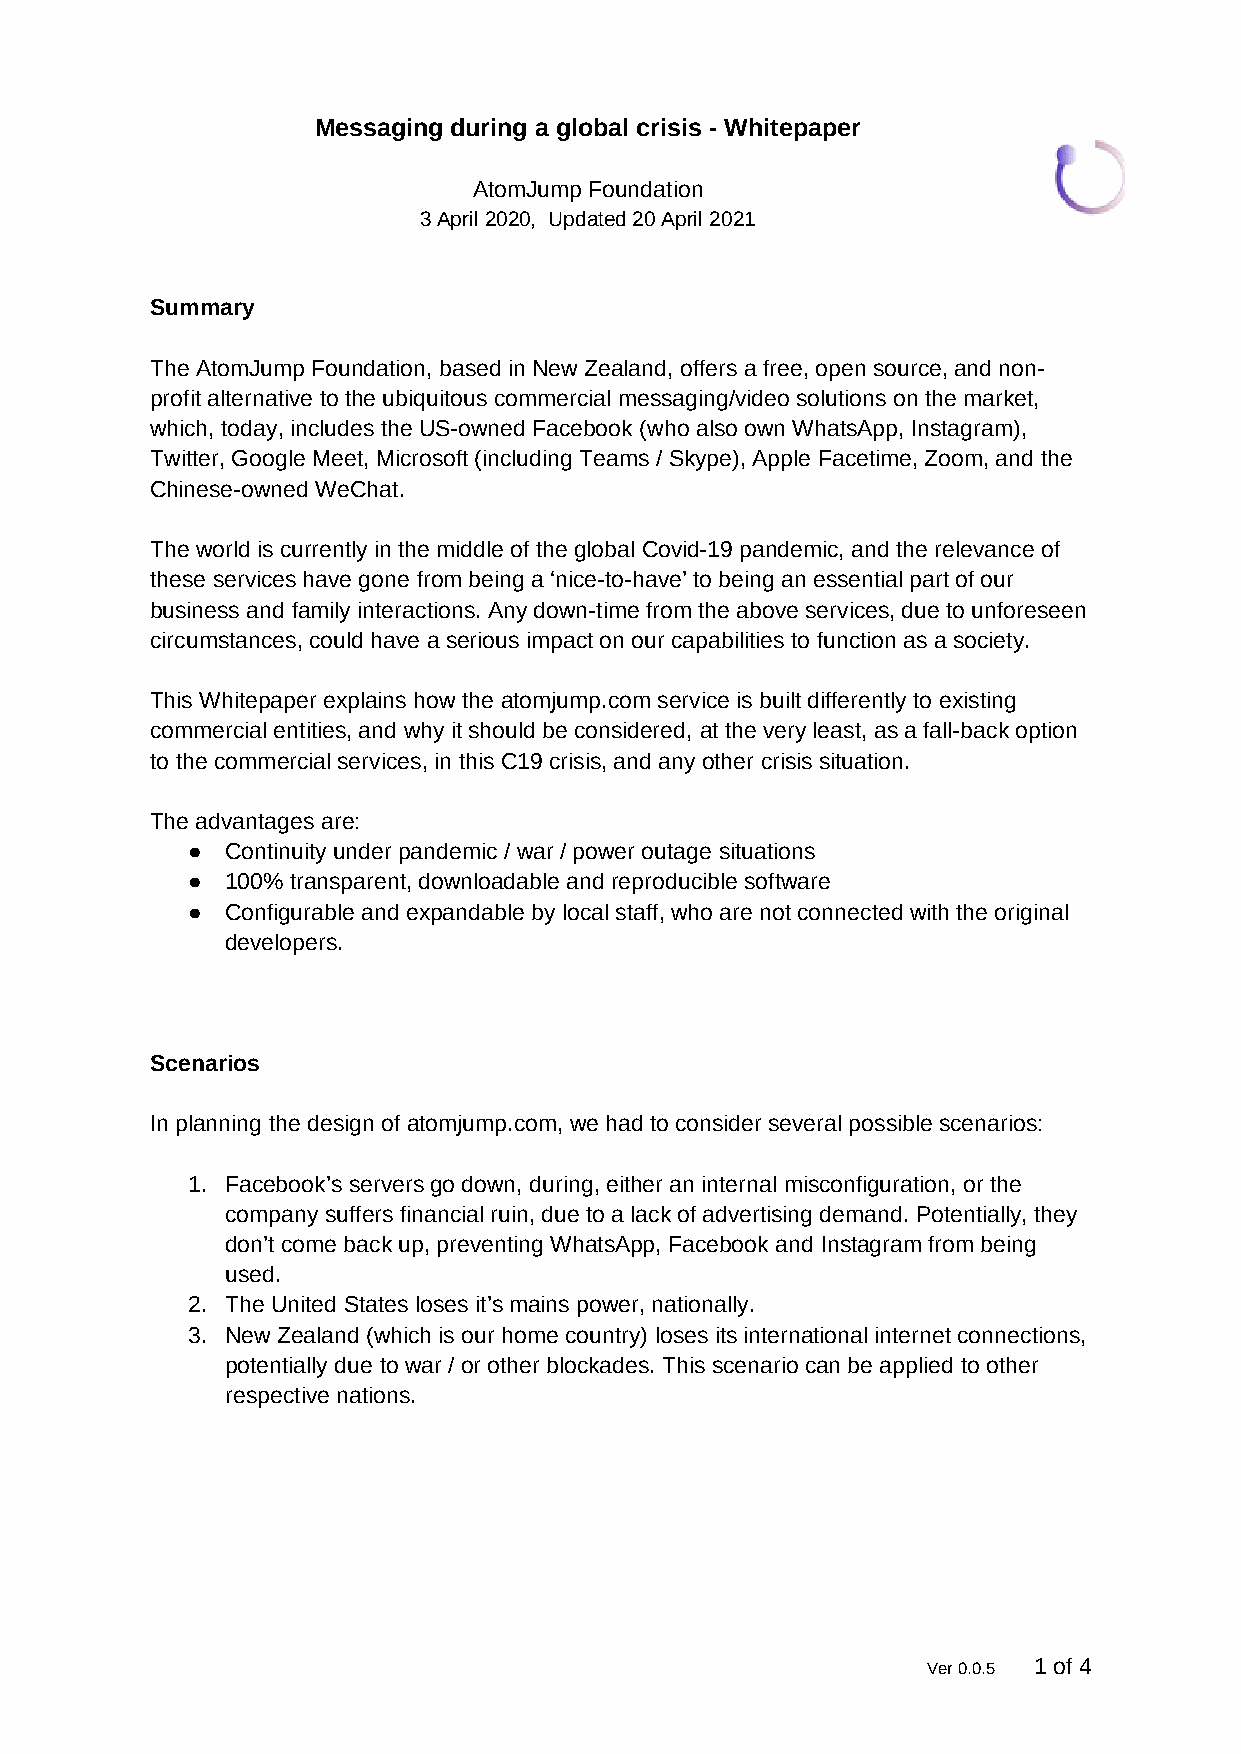
Messaging during a global crisis - Whitepaper
 AtomJump Foundation
 3 April 2020, Updated 20 April 2021
 Summary
 The AtomJump Foundation, based in New Zealand, offers a free, open source, and non-
 profit alternative to the ubiquitous commercial messaging/video solutions on the market,
 which, today, includes the US-owned Facebook (who also own WhatsApp, Instagram),
 Twitter, Google Meet, Microsoft (including Teams / Skype), Apple Facetime, Zoom, and the
 Chinese-owned WeChat.
 The world is currently in the middle of the global Covid-19 pandemic, and the relevance of
 these services have gone from being a ‘nice-to-have’ to being an essential part of our
 business and family interactions. Any down-time from the above services, due to unforeseen
 circumstances, could have a serious impact on our capabilities to function as a society.
 This Whitepaper explains how the atomjump.com service is built differently to existing
 commercial entities, and why it should be considered, at the very least, as a fall-back option
 to the commercial services, in this C19 crisis, and any other crisis situation.
 The advantages are:
 ●  Continuity under pandemic / war / power outage situations
 ●  100% transparent, downloadable and reproducible software
 ●  Configurable and expandable by local staff, who are not connected with the original
 developers.
 Scenarios
 In planning the design of atomjump.com, we had to consider several possible scenarios:
 1. Facebook’s servers go down, during, either an internal misconfiguration, or the
 company suffers financial ruin, due to a lack of advertising demand. Potentially, they
 don’t come back up, preventing WhatsApp, Facebook and Instagram from being
 used.
 2. The United States loses it’s mains power, nationally.
 3. New Zealand (which is our home country) loses its international internet connections,
 potentially due to war / or other blockades. This scenario can be applied to other
 respective nations.
 Ver 0.0.5 1 of 4